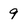
Character: 9